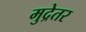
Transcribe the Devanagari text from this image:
मुद्रेतर